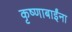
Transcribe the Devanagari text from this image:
कृष्णाबाईंना